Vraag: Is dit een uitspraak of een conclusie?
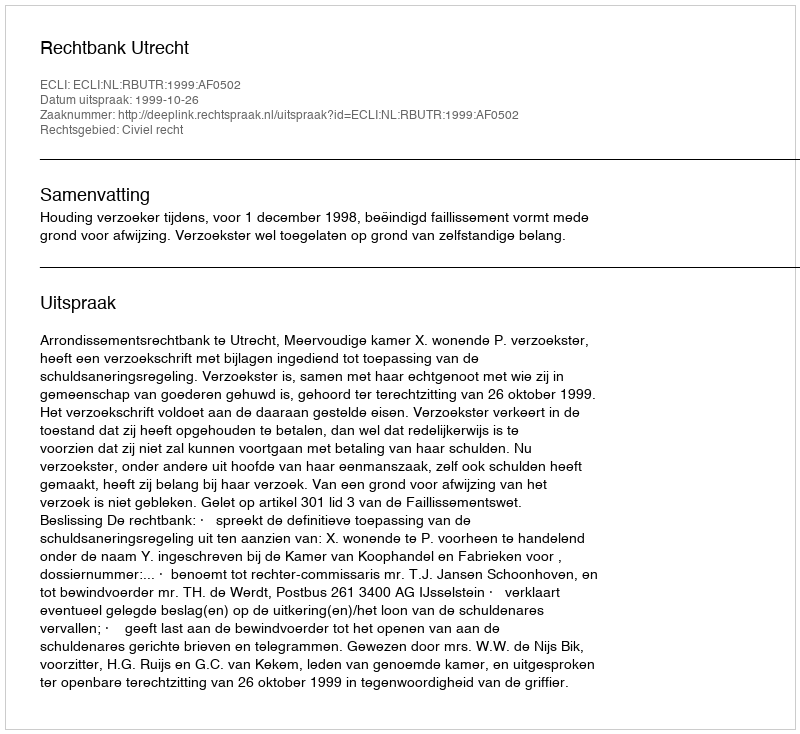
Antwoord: Uitspraak